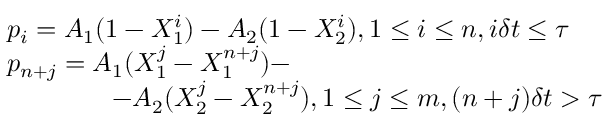
\begin{array} { r l } & { p _ { i } = A _ { 1 } ( 1 - X _ { 1 } ^ { i } ) - A _ { 2 } ( 1 - X _ { 2 } ^ { i } ) , 1 \leq i \leq n , i \delta t \leq \tau } \\ & { p _ { n + j } = A _ { 1 } ( X _ { 1 } ^ { j } - X _ { 1 } ^ { n + j } ) - } \\ & { \qquad \qquad - A _ { 2 } ( X _ { 2 } ^ { j } - X _ { 2 } ^ { n + j } ) , 1 \leq j \leq m , ( n + j ) \delta t > \tau } \end{array}